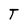
Character: T